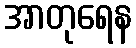
အာတုရေန